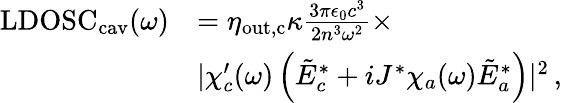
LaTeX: \begin{array}{rl}{\mathrm{LDOSC}_{\mathrm{cav}}(\omega)}&{=\eta_{\mathrm{out,c}}\kappa\frac{3\pi\epsilon_{0}c^{3}}{2n^{3}\omega^{2}}\times}\\ &{\lvert\chi_{c}^{\prime}(\omega)\left(\tilde{E}_{c}^{*}+iJ^{*}\chi_{a}(\omega)\tilde{E}_{a}^{*}\right)\rvert^{2}\, ,}\end{array}